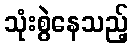
သုံးစွဲနေသည့်